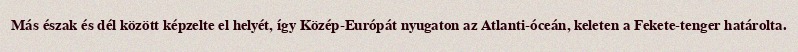
Más észak és dél között képzelte el helyét, így Közép-Európát nyugaton az Atlanti-óceán, keleten a Fekete-tenger határolta.